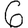
Digit: 6